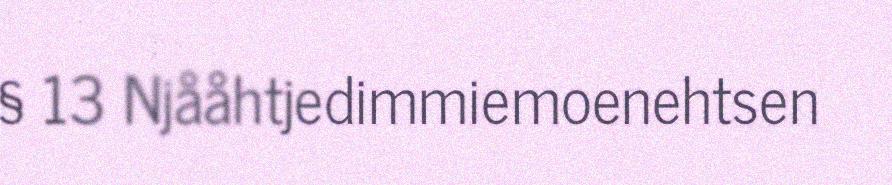
§ 13 Njååhtjedimmiemoenehtsen